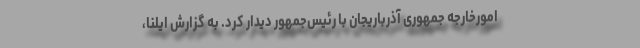
امورخارجه جمهوری آذرباریجان با رئیس‌جمهور دیدار کرد. به گزارش ایلنا،